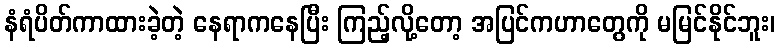
နံရံပိတ်ကာထားခဲ့တဲ့ နေရာကနေပြီး ကြည့်လို့တော့ အပြင်ကဟာတွေကို မမြင်နိုင်ဘူး၊